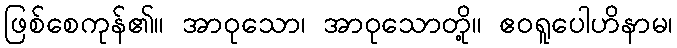
ဖြစ်စေကုန်၏။ အာဝုသော၊ အာဝုသောတို့။ ဧဝရူပေါဟိနာမ၊